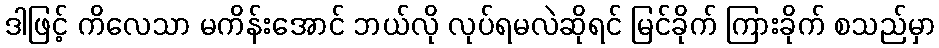
ဒါဖြင့် ကိလေသာ မကိန်းအောင် ဘယ်လို လုပ်ရမလဲဆိုရင် မြင်ခိုက် ကြားခိုက် စသည်မှာ